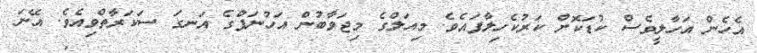
އެހެން އަހާލީވެސް ކުޑަކޮށް ކަރުކެހިލާފައެވެ. މިއަލްގެ މިޖަވާބުން އަހުނަފްގެ އަނގަ ސަކަރާތްވިއެވެ. އޭނަ